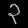
Digit: ၃